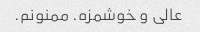
عالی و خوشمزه. ممنونم.